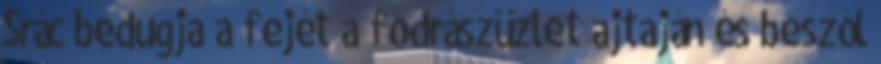
Srác bedugja a fejét a fodrászüzlet ajtaján és beszól